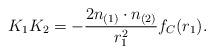
LaTeX: \begin{align*}K_1 K_2 = - \frac{2 n_{(1)} \cdot n_{(2)}}{r_1^2} f_C(r_1).\end{align*}